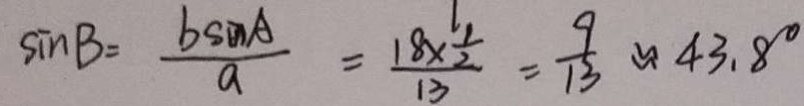
\sin B = \frac { b \sin A } { a } = \frac { 1 8 \times \frac { 1 } { 2 } } { 1 3 } = \frac { 9 } { 1 3 } \approx 4 3 . 8 ^ { \circ }